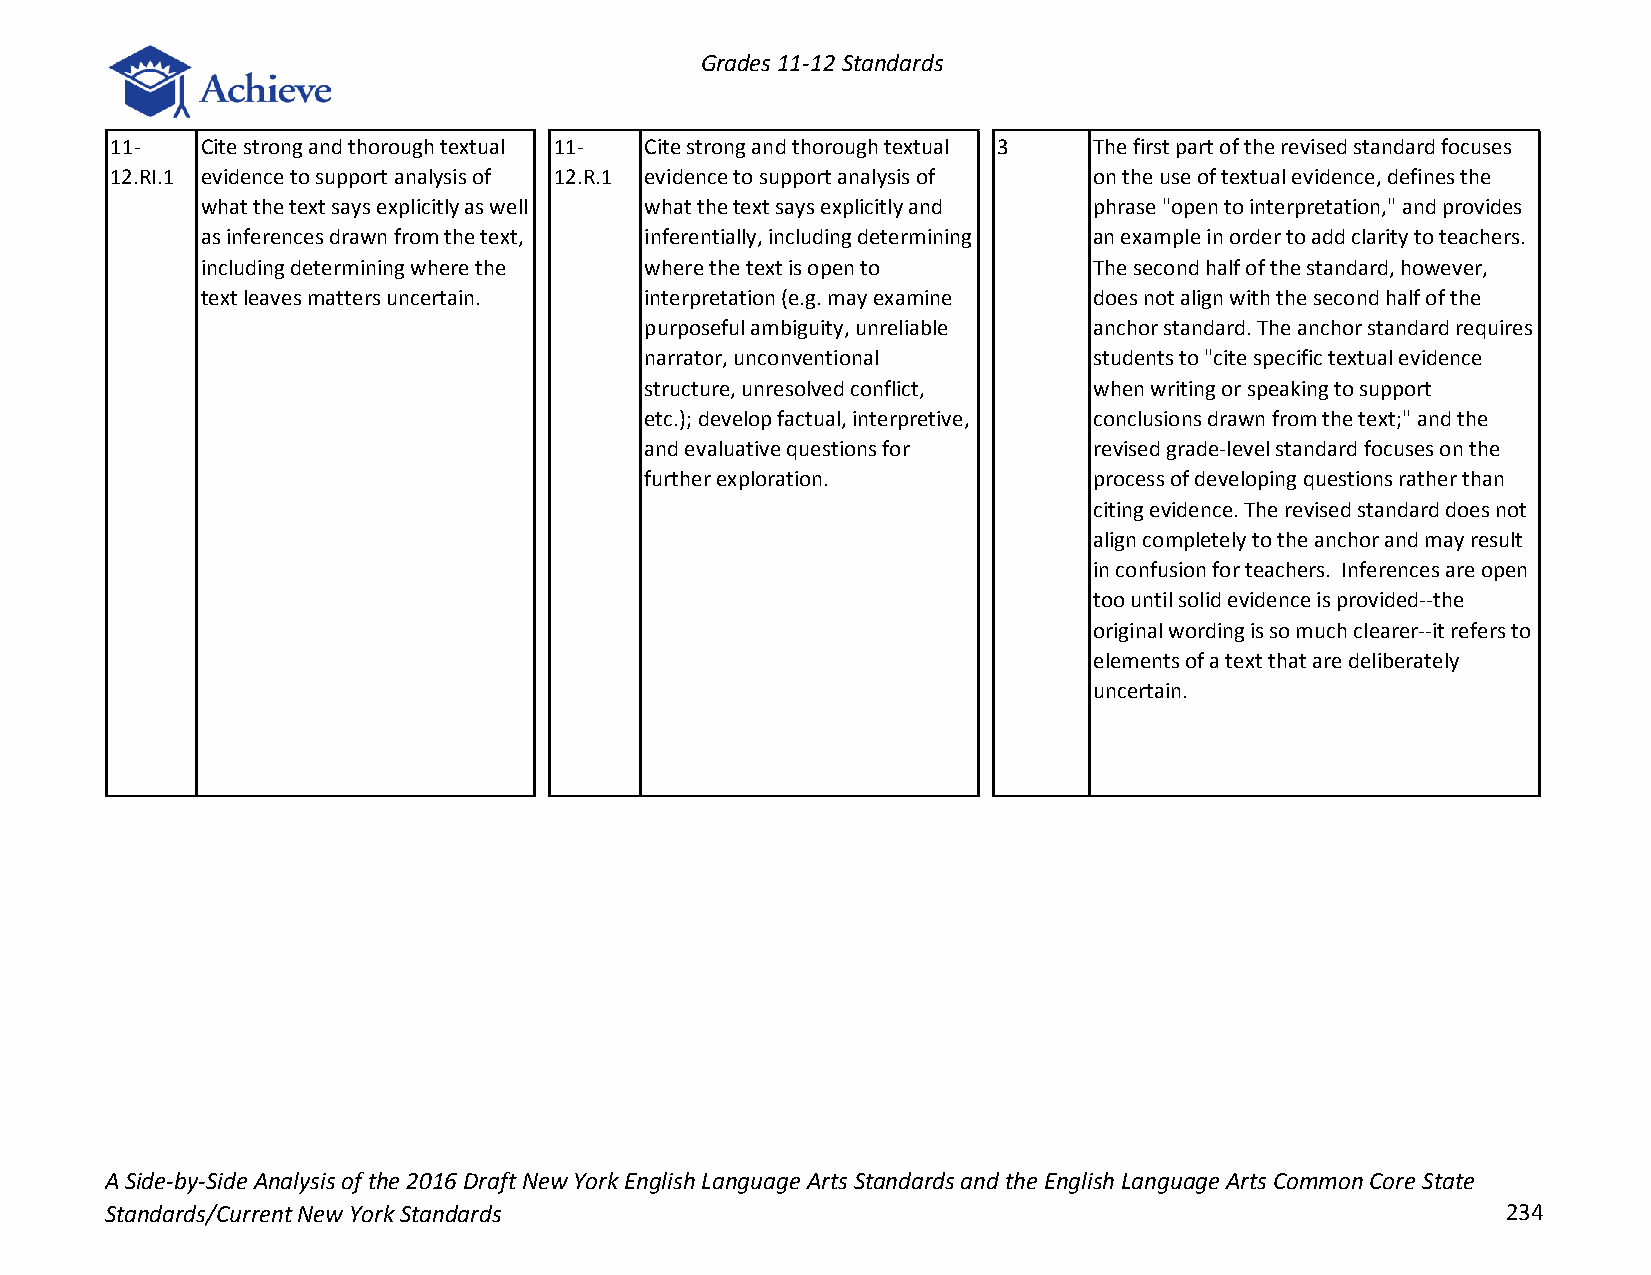
Grades 11-12 Standards
 11-   Cite strong and thorough textual 11- Cite strong and thorough textual 3 The first part of the revised standard focuses
 12.RI.1 evidence to support analysis of 12.R.1 evidence to support analysis of on the use of textual evidence, defines the
 what the text says explicitly as well what the text says explicitly and phrase "open to interpretation," and provides
 as inferences drawn from the text, inferentially, including determining an example in order to add clarity to teachers.
 including determining where the where the text is open to  The second half of the standard, however,
 text leaves matters uncertain. interpretation (e.g. may examine does not align with the second half of the
 purposeful ambiguity, unreliable anchor standard. The anchor standard requires
 narrator, unconventional     students to "cite specific textual evidence
 structure, unresolved conflict, when writing or speaking to support
 etc.); develop factual, interpretive, conclusions drawn from the text;" and the
 and evaluative questions for revised grade-level standard focuses on the
 further exploration.         process of developing questions rather than
 citing evidence. The revised standard does not
 align completely to the anchor and may result
 in confusion for teachers. Inferences are open
 too until solid evidence is provided--the
 original wording is so much clearer--it refers to
 elements of a text that are deliberately
 uncertain.
 A Side-by-Side Analysis of the 2016 Draft New York English Language Arts Standards and the English Language Arts Common Core State
 Standards/Current New York Standards                                                         234